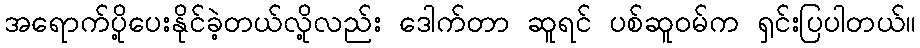
အရောက်ပို့ပေးနိုင်ခဲ့တယ်လို့လည်း ဒေါက်တာ ဆူရင် ပစ်ဆူဝမ်က ရှင်းပြပါတယ်။